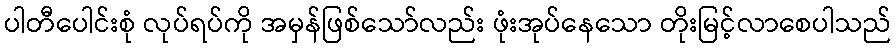
ပါတီပေါင်းစုံ လုပ်ရပ်ကို အမှန်ဖြစ်သော်လည်း ဖုံးအုပ်နေသော တိုးမြင့်လာစေပါသည်